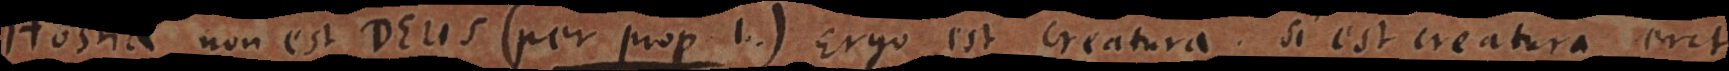
Hostia non est Deus (per prop. 1.). Ergo est creatura. Si est creatura, erit